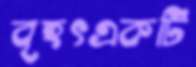
বৃহৎএকটি